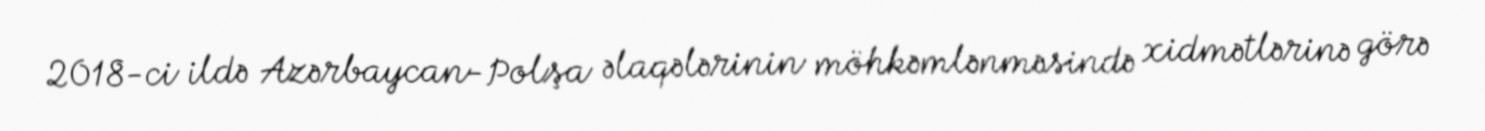
2018-ci ildə Azərbaycan-Polşa əlaqələrinin möhkəmlənməsində xidmətlərinə görə